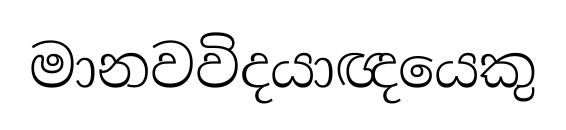
මානවවිදයාඥයෙකු